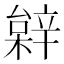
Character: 𨐠